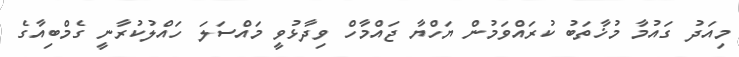
މިއަދު ގައުމާ މުޚާތަބު ކުރައްވަމުން ޔަހްޔާ ޖައްމާހް ވިދާޅުވީ މައްސަލަ ހައްލުކުރާނީ ގެމްބިއާގެ